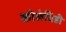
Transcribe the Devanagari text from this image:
कोलंबिडी